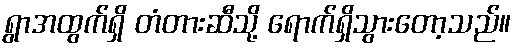
ရွာအထွက်ရှိ တံတားဆီသို့ ရောက်ရှိသွားတော့သည်။